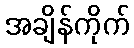
အချိန်ကိုက်